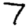
Digit: 7